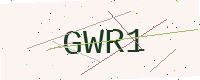
Text: GWR1